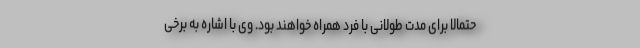
حتمالا برای مدت طولانی با فرد همراه خواهند بود. وی با اشاره به برخی